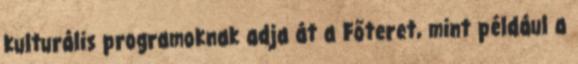
kulturális programoknak adja át a Főteret, mint például a